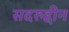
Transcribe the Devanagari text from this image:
सदरुद्दीन